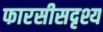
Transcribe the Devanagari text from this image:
फारसीसदृश्य